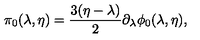
\pi _ { 0 } ( \lambda , \eta ) = { \frac { 3 ( \eta - \lambda ) } { 2 } } \partial _ { \lambda } \phi _ { 0 } ( \lambda , \eta ) ,